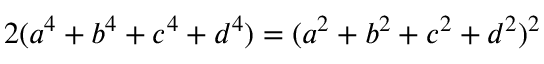
2 ( a ^ { 4 } + b ^ { 4 } + c ^ { 4 } + d ^ { 4 } ) = ( a ^ { 2 } + b ^ { 2 } + c ^ { 2 } + d ^ { 2 } ) ^ { 2 }